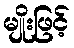
မျိုးဖြင့်